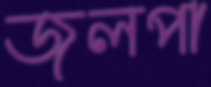
জলপা